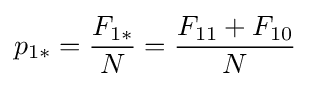
p_{1*}={\frac {F_{1*}}{N}}={\frac {F_{11}+F_{10}}{N}}